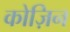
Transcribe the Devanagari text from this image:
कोज़िन